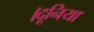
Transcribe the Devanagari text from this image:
।दूनिया